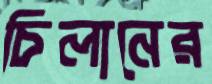
চিলানের